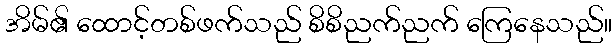
အိမ်၏ ထောင့်တစ်ဖက်သည် စိစိညက်ညက် ကြေနေသည်။